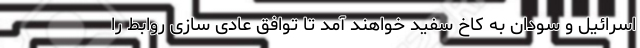
اسرائیل و سودان به کاخ سفید خواهند آمد تا توافق عادی سازی روابط را